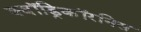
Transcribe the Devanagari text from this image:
क्वॉड्रिकॉरनिस